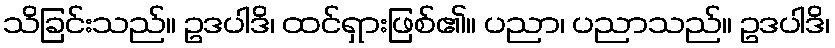
သိခြင်းသည်။ ဥဒပါဒိ၊ ထင်ရှားဖြစ်၏။ ပညာ၊ ပညာသည်။ ဥဒပါဒိ၊